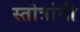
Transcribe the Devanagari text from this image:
स्तोत्रांनी